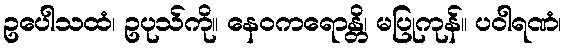
ဥပေါသထံ၊ ဥပုသ်ကို။ နေဝကရောန္တိ၊ မပြုကုန်။ ပဝါရဏံ၊